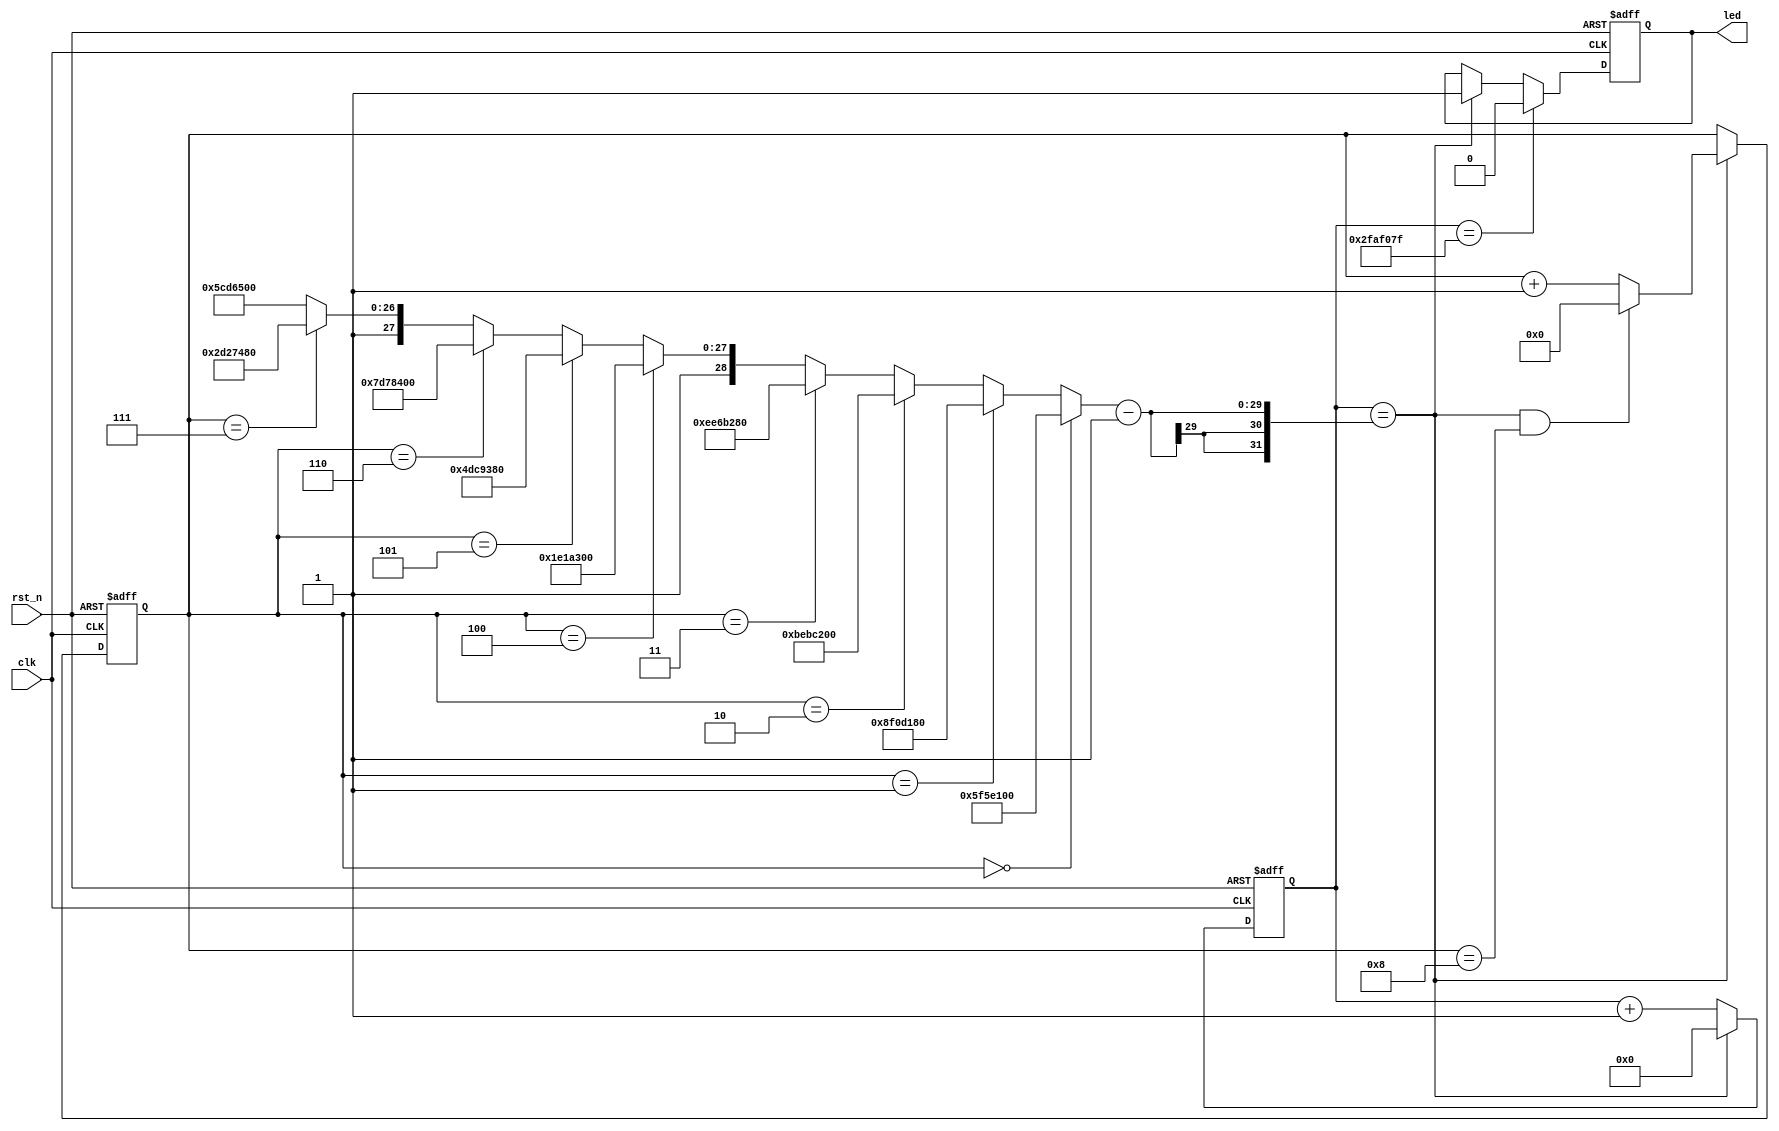
module led_01(
    clk,
    rst_n,
    led

);

input clk;
input rst_n;
output led;

reg [28:0] cnt0;
reg [28:0] x;
wire add_cnt0;
wire end_cnt0;
always @(posedge clk or negedge rst_n)begin
    if(!rst_n)begin
        cnt0 <= 0;
    end
    else if(add_cnt0)begin
        if(end_cnt0)
            cnt0 <= 0;
        else
            cnt0 <= cnt0 + 1;
    end
end

assign add_cnt0 = 1;       
assign end_cnt0 = add_cnt0 && cnt0==x - 1 ;  


reg [3:0] cnt1;
wire add_cnt1;
wire end_cnt1;
always @(posedge clk or negedge rst_n)begin
    if(!rst_n)begin
        cnt1 <= 0;
    end
    else if(add_cnt1)begin
        if(end_cnt1)
            cnt1 <= 0;
        else
            cnt1 <= cnt1 + 1;
    end
end

assign add_cnt1 =end_cnt0 ;       
assign end_cnt1 = add_cnt1 && cnt1==9-1 ;   

reg led;

always  @(posedge clk or negedge rst_n)begin
    if(rst_n==1'b0)begin
        led<=0;
    end
    else if(cnt0 == 50000000-1)begin
        led<=0;
    end
    else if(end_cnt0)begin
        led<=1;
    end
end

always  @(*)begin
    if(cnt1==0)begin
        x = 2*50000000;
    end
    else if(cnt1==1)begin
        x = 3*50000000;
    end
    else if(cnt1==2) begin
        x = 4*50000000;
    end
    else if(cnt1==3) begin
        x = 5*50000000;
    end
    else if(cnt1==4) begin
        x = 6*50000000;
    end
    else if(cnt1==5) begin
        x = 7*50000000;
    end
    else if(cnt1==6) begin
        x = 8*50000000;
    end
    else if(cnt1==7) begin
        x = 9*50000000;
    end
    else begin
        x = 10*50000000;
    end
end


endmodule